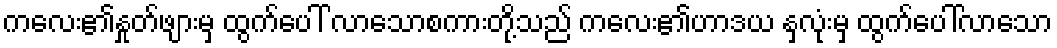
ကလေး၏နှုတ်ဖျားမှ ထွက်ပေါ် လာသောစကားတို့သည် ကလေး၏ဟာဒယ နှလုံးမှ ထွက်ပေါ်လာသော